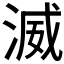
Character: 𣸵